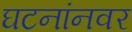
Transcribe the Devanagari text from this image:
घटनांनवर